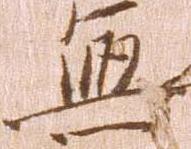
無